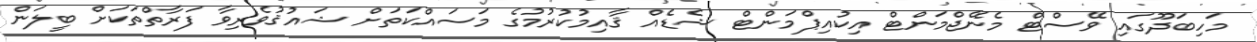
މަހިބަދޫގައި ވޭސްޓް މެނޭޖްމަންޓް އިކުއިޕްމަންޓް ޝެޑެއް ޤާއިމުކުރުމުގެ މަސައްކަތަށް ޝައުޤުވެރިވާ ފަރާތްތަކަށް ބީލަން